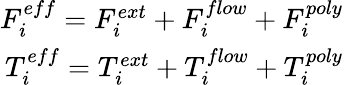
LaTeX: \begin{array}{r}{F_{i}^{eff}=F_{i}^{ext}+F_{i}^{flow}+F_{i}^{poly}}\\ {T_{i}^{eff}=T_{i}^{ext}+T_{i}^{flow}+T_{i}^{poly}}\end{array}